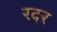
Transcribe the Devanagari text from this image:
रदर